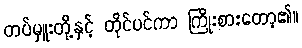
တပ်မှူးတို့နှင့် တိုင်ပင်ကာ ကြိုးစားတော့၏။